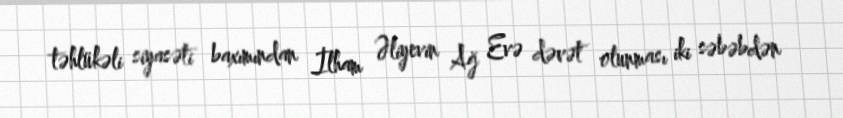
təhlükəli siyasəti baxımından İlham Əliyevin Ağ Evə dəvət olunması iki səbəbdən